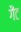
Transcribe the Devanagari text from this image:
गैंट